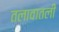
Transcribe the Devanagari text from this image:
तलावातली